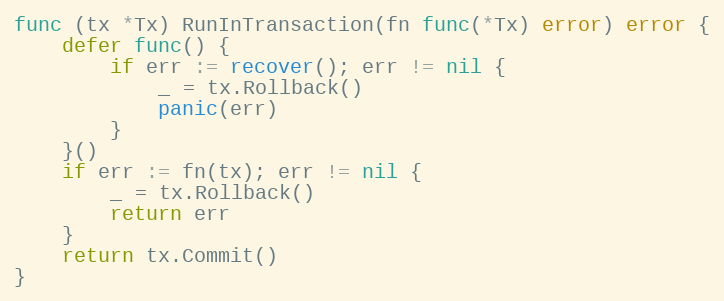
Language: Go
func (tx *Tx) RunInTransaction(fn func(*Tx) error) error {
	defer func() {
		if err := recover(); err != nil {
			_ = tx.Rollback()
			panic(err)
		}
	}()
	if err := fn(tx); err != nil {
		_ = tx.Rollback()
		return err
	}
	return tx.Commit()
}